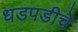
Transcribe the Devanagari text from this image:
धडपडीचे